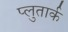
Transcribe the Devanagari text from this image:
प्लुतार्क